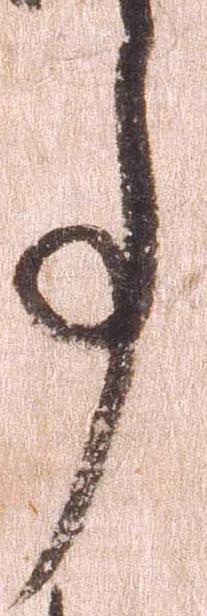
事